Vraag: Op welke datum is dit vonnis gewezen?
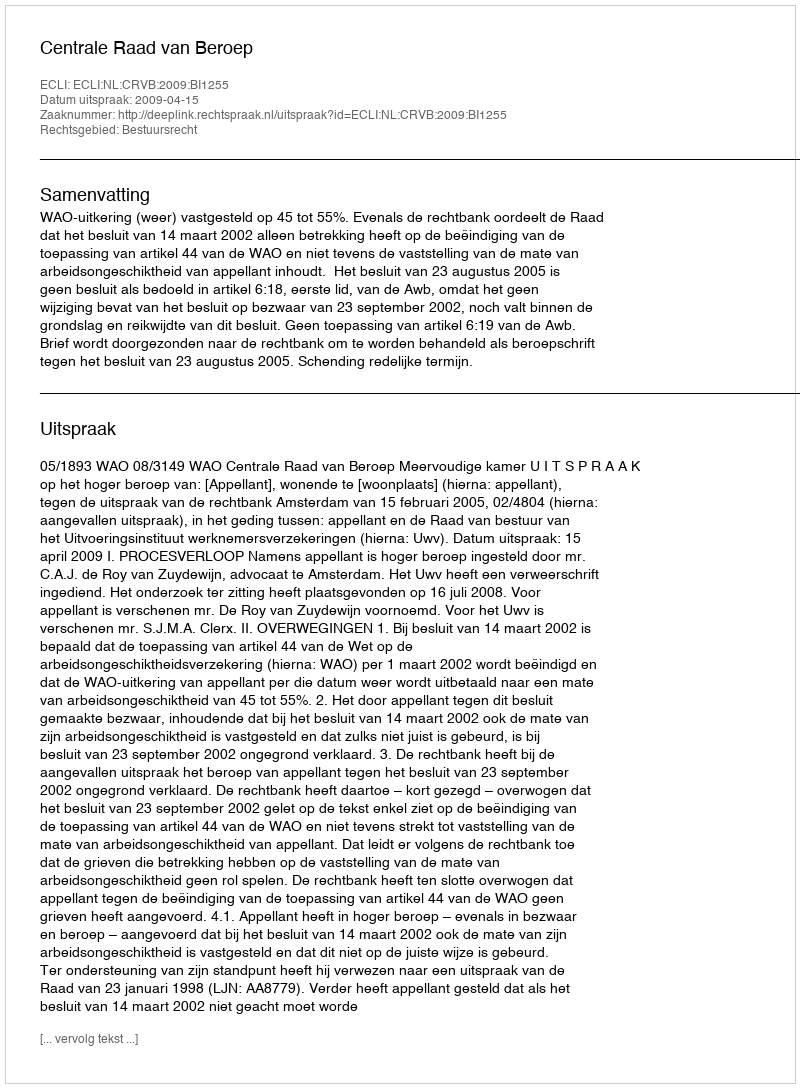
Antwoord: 2009-04-15